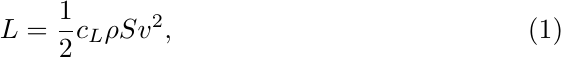
\begin{equation}
  L=\frac{1}{2}c_L\rho S v^2,
\end{equation}